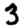
Digit: 3